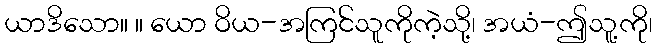
ယာဒိသော။ ။ ယော ဝိယ-အကြင်သူကိုကဲ့သို့၊ အယံ-ဤသူ့ကို၊